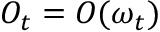
O _ { t } = O ( \omega _ { t } )